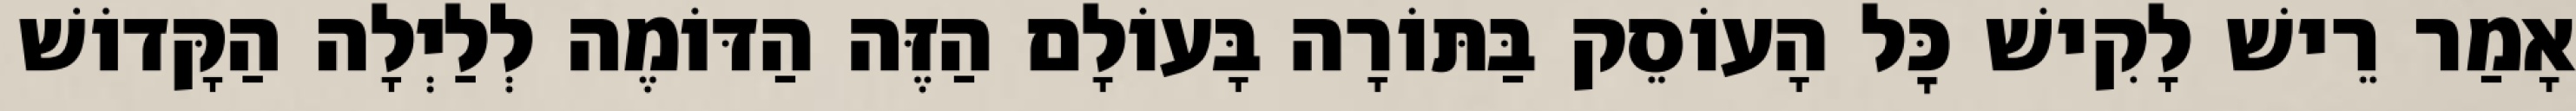
אָמַר רֵישׁ לָקִישׁ כׇּל הָעוֹסֵק בַּתּוֹרָה בָּעוֹלָם הַזֶּה הַדּוֹמֶה לְלַיְלָה הַקָּדוֹשׁ